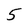
Character: 5